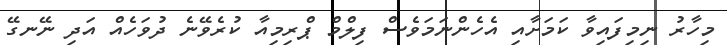
މިހާރު ނިމިފައިވާ ކަމަށާއި އެހެންނަމަވެސް ފިލްމް ޕްރިމިއާ ކުރެވޭނެ ދުވަހެއް އަދި ނޭނގޭ